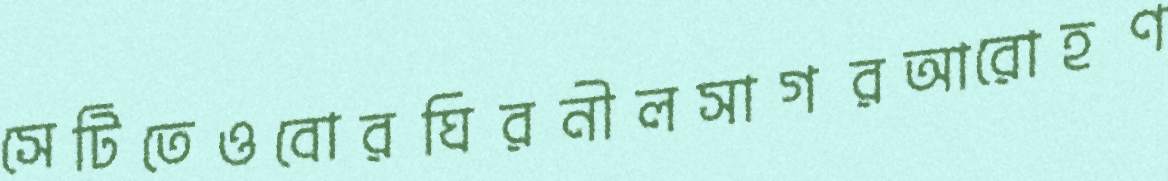
সেটিতেওবোরঘিরনীলসাগরআরোহণ